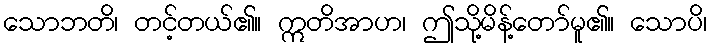
သောဘတိ၊ တင့်တယ်၏။ ဣတိအာဟ၊ ဤသို့မိန့်တော်မူ၏။ သောပိ၊